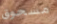
مسحوق